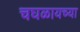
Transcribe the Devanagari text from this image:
चघळायच्या